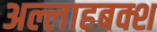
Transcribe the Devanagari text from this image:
अल्लाहबक्श